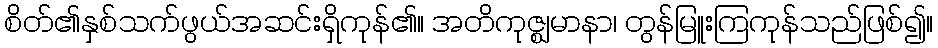
စိတ်၏နှစ်သက်ဖွယ်အဆင်းရှိကုန်၏။ အတိကုဇ္ဈမာနာ၊ တွန်မြူးကြကုန်သည်ဖြစ်၍။